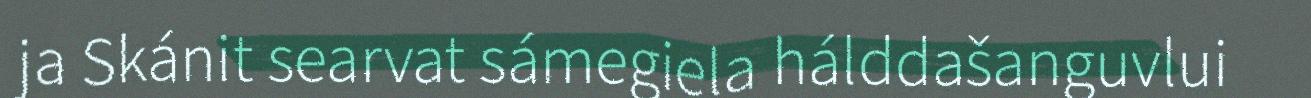
ja Skánit searvat sámegiela hálddašanguvlui